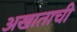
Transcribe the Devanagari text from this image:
अखाताची